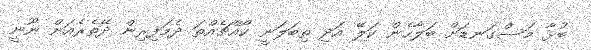
ބުޅާ މަސްގަނޑަށް ބަލާހެން ކަލޭ އަދި ތިބަލަނީ ކޯއްޗެއްތަ ދެމަފިރިން ދޭތެރެއަށް ނޫނީ